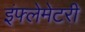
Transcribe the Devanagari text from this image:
इंफ्लेमेटरी